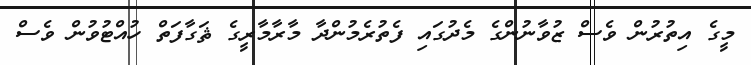
މީގެ އިތުރުން ވެސް ޒުވާނުންގެ މެދުގައި ފެތުރެމުންދާ މާރާމާރީގެ ޘަގާފަތް ހުއްޓުވުން ވެސް